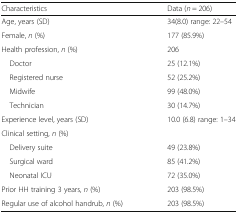
<table><thead><tr><td><b>Characteristics</b></td><td><b>Data (<i>n</i> = 206)</b></td></tr></thead><tbody><tr><td>Age, years (SD)</td><td>34(8.0) range: 22–54</td></tr><tr><td>Female, <i>n</i> (%)</td><td>177 (85.9%)</td></tr><tr><td>Health profession, <i>n</i> (%)</td><td>206</td></tr><tr><td> Doctor</td><td>25 (12.1%)</td></tr><tr><td> Registered nurse</td><td>52 (25.2%)</td></tr><tr><td> Midwife</td><td>99 (48.0%)</td></tr><tr><td> Technician</td><td>30 (14.7%)</td></tr><tr><td>Experience level, years (SD)</td><td>10.0 (6.8) range: 1–34</td></tr><tr><td colspan="2">Clinical setting, <i>n</i> (%)</td></tr><tr><td> Delivery suite</td><td>49 (23.8%)</td></tr><tr><td> Surgical ward</td><td>85 (41.2%)</td></tr><tr><td> Neonatal ICU</td><td>72 (35.0%)</td></tr><tr><td>Prior HH training 3 years, <i>n</i> (%)</td><td>203 (98.5%)</td></tr><tr><td>Regular use of alcohol handrub, <i>n</i> (%)</td><td>203 (98.5%)</td></tr></tbody></table>